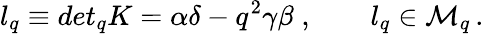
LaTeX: l_{q}\equiv det_{q}K=\alpha\delta-q^{2}\gamma\beta\; ,\qquad l_{q}\in{\cal M}_{q}\, .